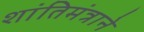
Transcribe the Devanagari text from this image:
शांतिमंत्राने